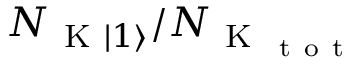
N _ { \mathrm { ~ K ~ } \lvert 1 \rangle } / N _ { \mathrm { ~ K ~ } _ { \mathrm { ~ t ~ o ~ t ~ } } }